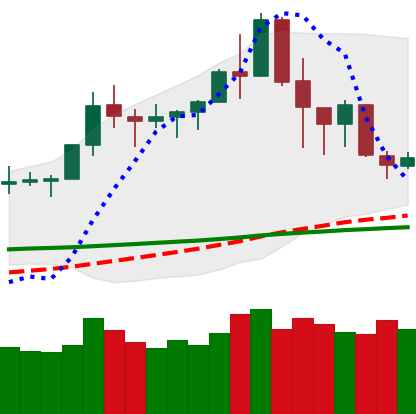
Ticker: TRX-USD
Chart end date: 2020-02-21
Forward return: -18.427%
Label: down_7plus